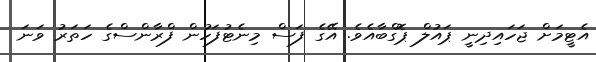
އެޓީމަށް ޖަހައިދިނީ ޕައުލް ޕޮގްބާއެވެ. އޭގެ ފަސް މިނެޓުފަހުން ފްރާންސްގެ ހަތަރު ވަނަ